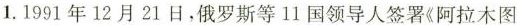
1.1991年12月21日，俄罗斯等11国领导人签署《阿拉木图